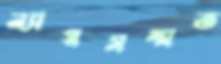
ন্যায়সম্মত